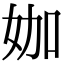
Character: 㚳